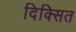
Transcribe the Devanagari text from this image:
दिक्सित